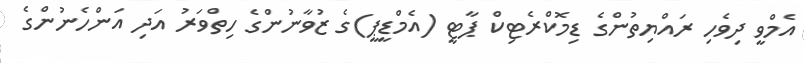
އެމްވީ ދިވެހި ރައްޔިތުންގެ ޑިމޮކްރެޓިކް ޕާޓީ (އެމްޑީޕީ)ގެ ޒުވާނުންގެ ހިތްވަރު އަދި އަންހެނުންގެ